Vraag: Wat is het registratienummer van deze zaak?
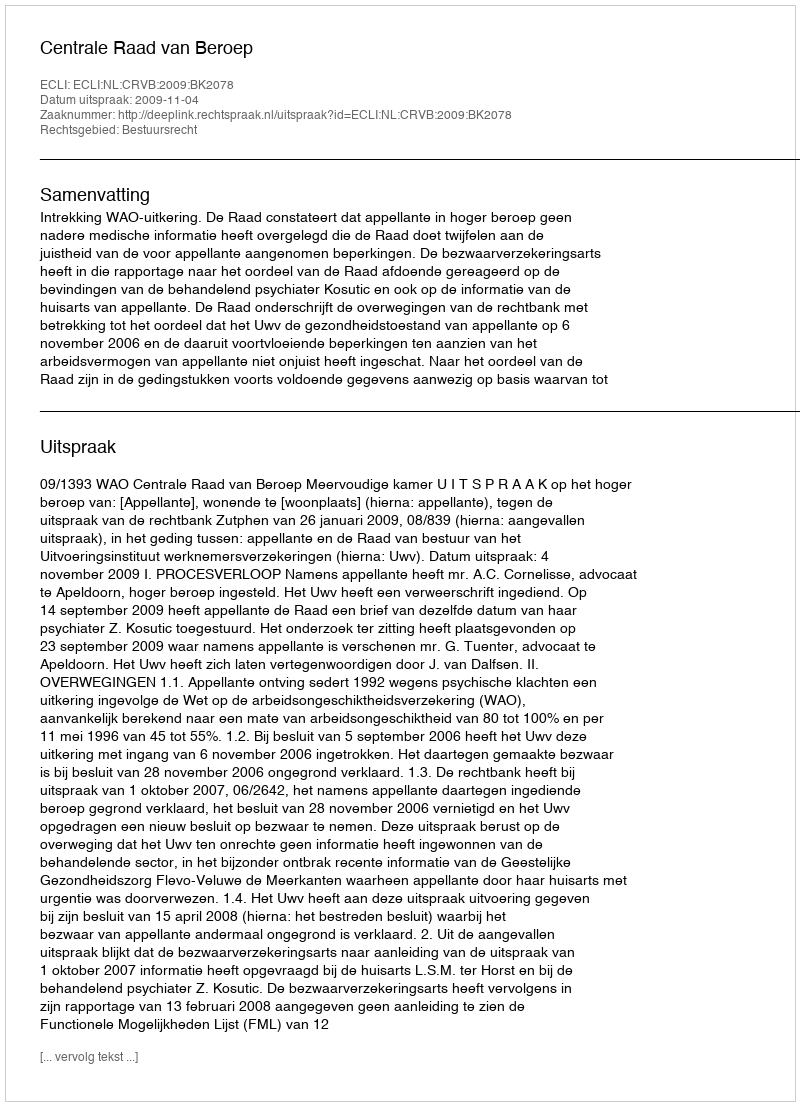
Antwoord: http://deeplink.rechtspraak.nl/uitspraak?id=ECLI:NL:CRVB:2009:BK2078